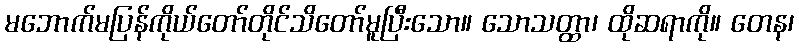
မဘောက်မပြန်ကိုယ်တော်တိုင်သိတော်မူပြီးသော။ သောသတ္ထာ၊ ထိုဆရာကို။ တေန၊